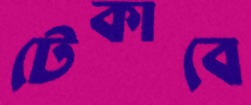
টেকাবে